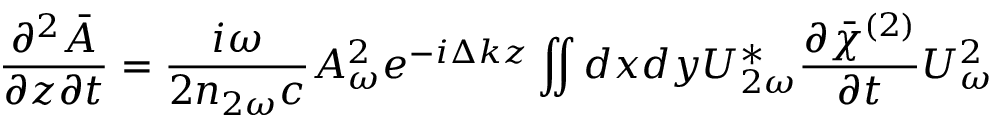
\frac { \partial ^ { 2 } \bar { A } } { \partial z \partial t } = \frac { i \omega } { 2 n _ { 2 \omega } c } A _ { \omega } ^ { 2 } e ^ { - i \Delta k z } \iint d x d y U _ { 2 \omega } ^ { * } \frac { \partial { \bar { \chi } } ^ { ( 2 ) } } { \partial t } U _ { \omega } ^ { 2 }